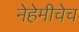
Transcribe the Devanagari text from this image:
नेहेमीचेच